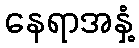
နေရာအနှံ့